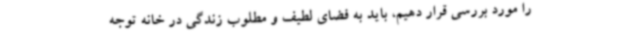
را مورد بررسی قرار دهیم، باید به فضای لطیف و مطلوب زندگی در خانه توجه